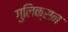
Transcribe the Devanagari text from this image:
गुलिक्सन